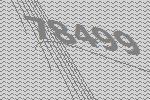
78499